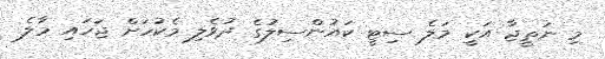
މި ނަތީޖާ އަކީ މަލެ ސިޓީ ކައުންސިލުގެ ދުވެލި މެކުހަށް ޖަހައި މާލެ